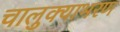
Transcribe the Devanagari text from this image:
चालुक्याभरण